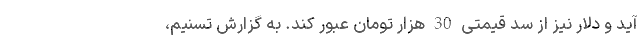
آید و دلار نیز از سد قیمتی 30 هزار تومان عبور کند. به گزارش تسنیم،‌